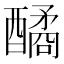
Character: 䤎